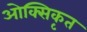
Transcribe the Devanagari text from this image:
ओक्सिकृत